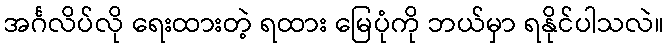
အင်္ဂလိပ်လို ရေးထားတဲ့ ရထား မြေပုံကို ဘယ်မှာ ရနိုင်ပါသလဲ။